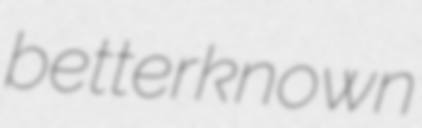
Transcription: better known